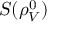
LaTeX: S ( \rho _ { V } ^ { 0 } )